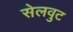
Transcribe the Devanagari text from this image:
सेलवुट